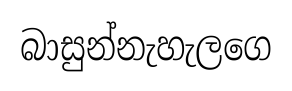
බාසුන්නැහැලගෙ